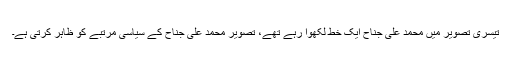
تیسری تصویر میں محمد علی جناح ایک خط لکھوا رہے تھے، تصویر محمد علی جناح کے سیاسی مرتبے کو ظاہر کرتی ہے۔